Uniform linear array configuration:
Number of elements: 32
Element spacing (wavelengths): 0.25
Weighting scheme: uniform
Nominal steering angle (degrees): -30
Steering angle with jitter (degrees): -29.153
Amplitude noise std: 0.05
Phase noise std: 0.05

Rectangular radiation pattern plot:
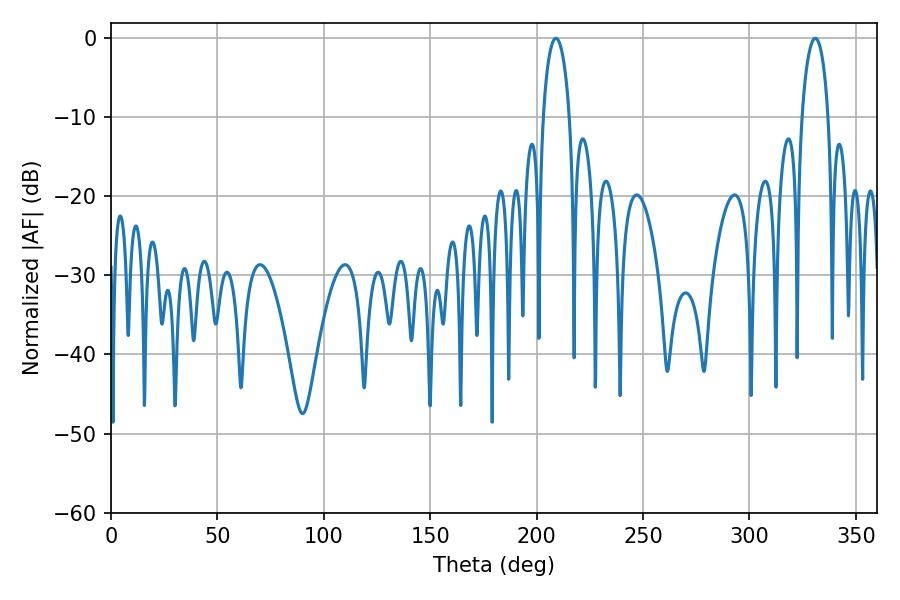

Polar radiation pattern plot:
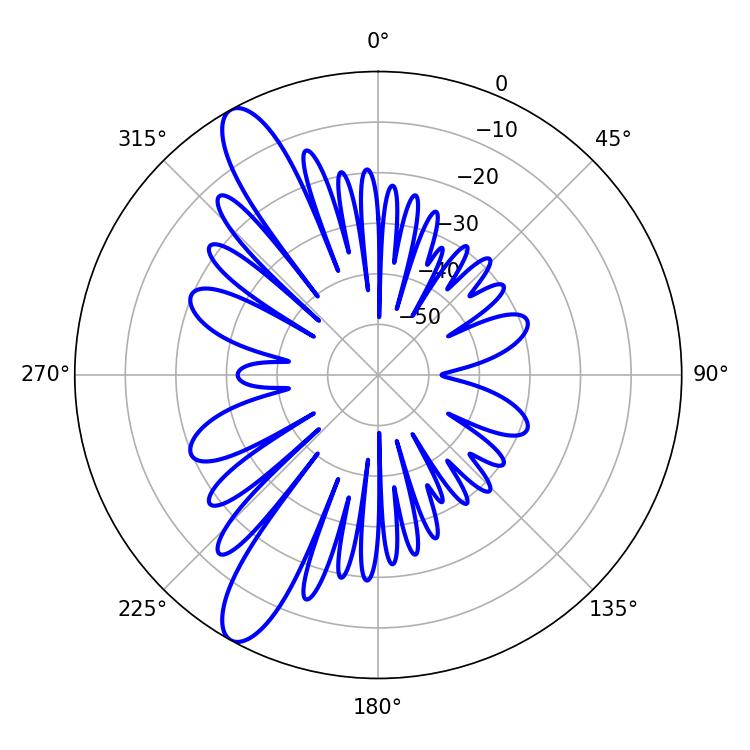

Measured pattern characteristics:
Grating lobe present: FALSE
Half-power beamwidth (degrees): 7.02
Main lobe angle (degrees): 208.98